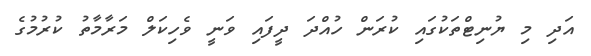
އަދި މި ޔުނިޓްތަކުގައި ކުރަން ހުއްދަ ދީފައި ވަނީ ވެހިކަލް މަރާމާތު ކުރުމުގެ